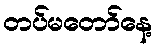
တပ်မတော်နေ့